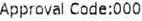
APPROVAL CODE:000